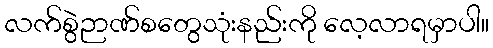
လက်စွဲဉာဏ်စတွေသုံးနည်းကို လေ့လာရမှာပါ။